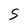
Character: S